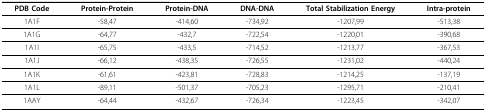
<table><thead><tr><td><b>PDB Code</b></td><td><b>Protein-Protein</b></td><td><b>Protein-DNA</b></td><td><b>DNA-DNA</b></td><td><b>Total Stabilization Energy</b></td><td><b>Intra-protein</b></td></tr></thead><tbody><tr><td>1A1F</td><td>-58,47</td><td>-414,60</td><td>-734,92</td><td>-1207,99</td><td>-513,38</td></tr><tr><td>1A1G</td><td>-64,77</td><td>-432,7</td><td>-722,54</td><td>-1220,01</td><td>-390,68</td></tr><tr><td>1A1I</td><td>-65,75</td><td>-433,5</td><td>-714,52</td><td>-1213,77</td><td>-367,53</td></tr><tr><td>1A1J</td><td>-66,12</td><td>-438,35</td><td>-726,55</td><td>-1231,02</td><td>-440,24</td></tr><tr><td>1A1K</td><td>-61,61</td><td>-423,81</td><td>-728,83</td><td>-1214,25</td><td>-137,19</td></tr><tr><td>1A1L</td><td>-89,11</td><td>-501,37</td><td>-705,23</td><td>-1295,71</td><td>-210,41</td></tr><tr><td>1AAY</td><td>-64,44</td><td>-432,67</td><td>-726,34</td><td>-1223,45</td><td>-342,07</td></tr></tbody></table>